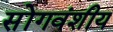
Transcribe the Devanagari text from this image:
सोंगवंशीय